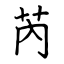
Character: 芮